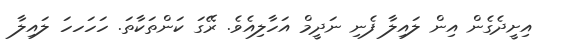
އިށީދެގެން އިން ލައިލާ ފެނި ނަދީމް އަހާލިއެވެ. ރޭގަ ކަންތަކާތަ. ހަހަހހަ ލައިލާ